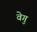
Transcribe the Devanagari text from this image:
वेगु